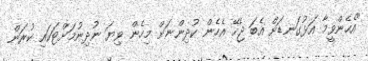
"އެހެންވީމާ އަޅުގަނޑަށް އެބަ ޖެހޭ އެހެން ކުދިންނަށް މިހެން ވިޔަ ނުދިނުމަށްޓަކައި ކުރަން